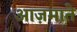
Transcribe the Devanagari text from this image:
आज़माते